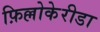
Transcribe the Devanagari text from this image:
फ़िल्लोकेरीडा